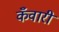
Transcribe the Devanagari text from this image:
कँवारी